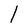
Character: l